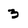
Character: 3